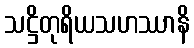
သဋ္ဌိတုရိယသဟဿာနိ